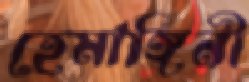
হেমাঙ্গিনী